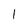
Character: l